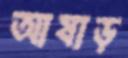
আষাড়